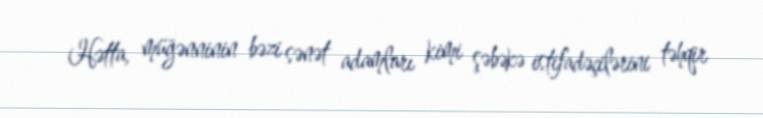
Hətta, müğənninin bəzi sənət adamları kimi şəbəkə istifadəçilərini təhqir